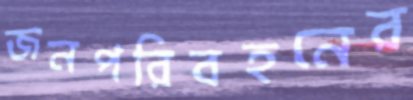
জনপরিবহনের